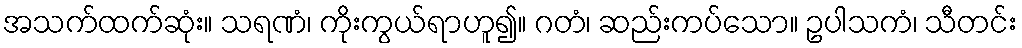
အသက်ထက်ဆုံး။ သရဏံ၊ ကိုးကွယ်ရာဟူ၍။ ဂတံ၊ ဆည်းကပ်သော။ ဥပါသကံ၊ သီတင်း